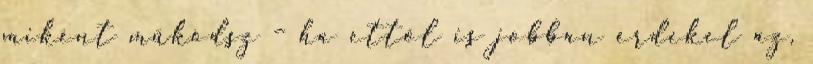
miként működsz – ha ettől is jobban érdekel az,